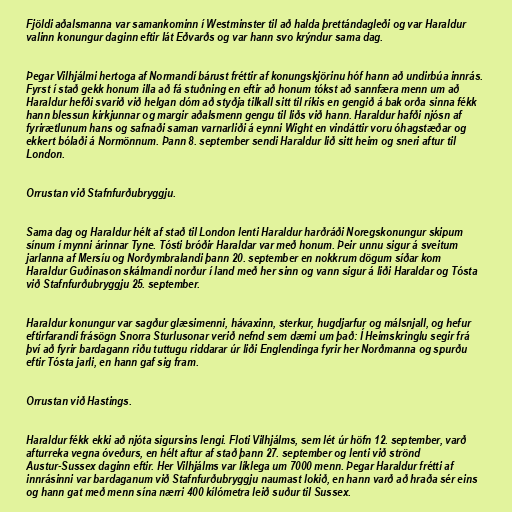
Fjöldi aðalsmanna var samankominn í Westminster til að halda þrettándagleði og var Haraldur
valinn konungur daginn eftir lát Eðvarðs og var hann svo krýndur sama dag.

Þegar Vilhjálmi hertoga af Normandí bárust fréttir af konungskjörinu hóf hann að undirbúa innrás.
Fyrst í stað gekk honum illa að fá stuðning en eftir að honum tókst að sannfæra menn um að
Haraldur hefði svarið við helgan dóm að styðja tilkall sitt til ríkis en gengið á bak orða sinna fékk
hann blessun kirkjunnar og margir aðalsmenn gengu til liðs við hann. Haraldur hafði njósn af
fyrirætlunum hans og safnaði saman varnarliði á eynni Wight en vindáttir voru óhagstæðar og
ekkert bólaði á Normönnum. Þann 8. september sendi Haraldur lið sitt heim og sneri aftur til
London.

Orrustan við Stafnfurðubryggju.

Sama dag og Haraldur hélt af stað til London lenti Haraldur harðráði Noregskonungur skipum
sínum í mynni árinnar Tyne. Tósti bróðir Haraldar var með honum. Þeir unnu sigur á sveitum
jarlanna af Mersíu og Norðymbralandi þann 20. september en nokkrum dögum síðar kom
Haraldur Guðinason skálmandi norður í land með her sinn og vann sigur á liði Haraldar og Tósta
við Stafnfurðubryggju 25. september.

Haraldur konungur var sagður glæsimenni, hávaxinn, sterkur, hugdjarfur og málsnjall, og hefur
eftirfarandi frásögn Snorra Sturlusonar verið nefnd sem dæmi um það: Í Heimskringlu segir frá
því að fyrir bardagann riðu tuttugu riddarar úr liði Englendinga fyrir her Norðmanna og spurðu
eftir Tósta jarli, en hann gaf sig fram.

Orrustan við Hastings.

Haraldur fékk ekki að njóta sigursins lengi. Floti Vilhjálms, sem lét úr höfn 12. september, varð
afturreka vegna óveðurs, en hélt aftur af stað þann 27. september og lenti við strönd
Austur-Sussex daginn eftir. Her Vilhjálms var líklega um 7000 menn. Þegar Haraldur frétti af
innrásinni var bardaganum við Stafnfurðubryggju naumast lokið, en hann varð að hraða sér eins
og hann gat með menn sína nærri 400 kílómetra leið suður til Sussex.